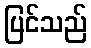
ပြင်သည်